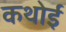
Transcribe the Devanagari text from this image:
कथोई